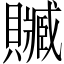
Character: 贓